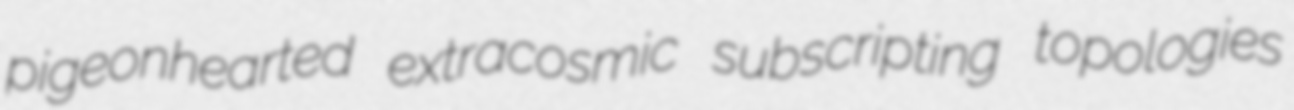
pigeonhearted extracosmic subscripting topologies